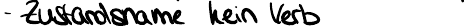
- Zustandsname kein Verb